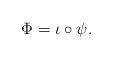
LaTeX: \begin{align*}\Phi=\iota\circ\psi.\end{align*}